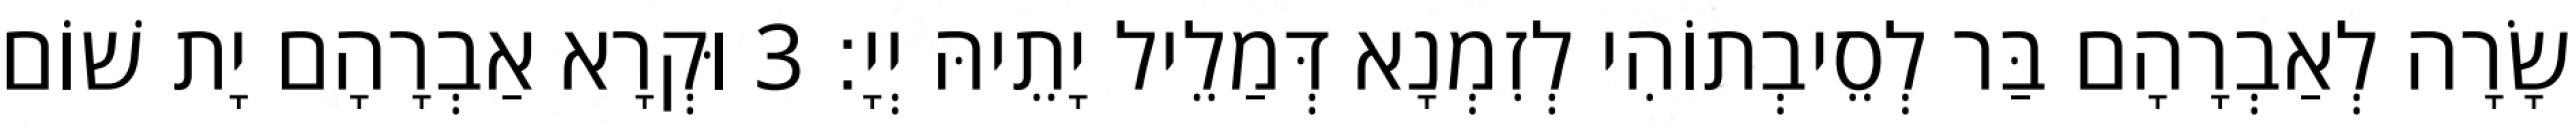
שָׂרָה לְאַבְרָהָם בַּר לְסֵיבְתוֹהִי לְזִמְנָא דְּמַלֵיל יָתֵיהּ יְיָ׃ 3 וּקְרָא אַבְרָהָם יָת שׁוֹם